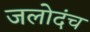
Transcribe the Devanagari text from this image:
जलोदंच